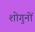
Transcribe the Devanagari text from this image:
शोगुनों